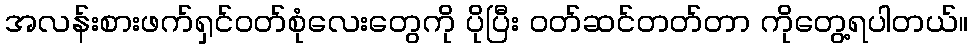
အလန်းစားဖက်ရှင်ဝတ်စုံလေးတွေကို ပိုပြီး ဝတ်ဆင်တတ်တာ ကိုတွေ့ရပါတယ်။